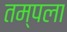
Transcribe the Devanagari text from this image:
तम्पला